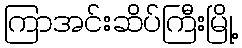
ကြာအင်းဆိပ်ကြီးမြို့